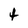
Character: t